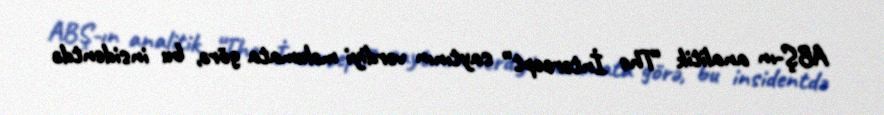
ABŞ-ın analitik “The İntercept” saytının verdiyi məlumata görə, bu insidentdə